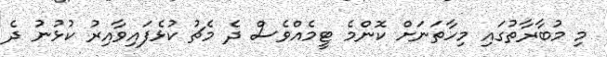
މި މުބާރާތުގައި މިހާތަނަށް ކޮންމެ ޓީމެއްވެސް ދެ މެޗު ކުޅެފައިވާއިރު ކުޅުނު ދެ